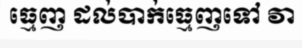
ធ្មេញ ដល់បាក់ធ្មេញទៅ វា